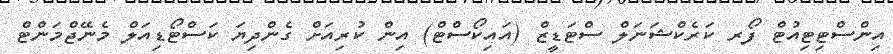
އިންސްޓިޓިއުޓް ފޯރ ކަރެކްޝަނަލް ސްޓަޑީޒް (އައިކޯސްޓް) އިން ކުރިއަށް ގެންދިޔަ ކަސްޓޯޑިއަލް މެނޭޖްމަންޓް